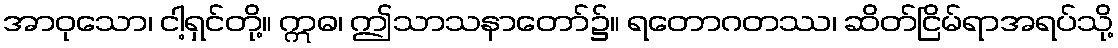
အာဝုသော၊ ငါ့ရှင်တို့။ ဣဓ၊ ဤသာသနာတော်၌။ ရတောဂတဿ၊ ဆိတ်ငြိမ်ရာအရပ်သို့